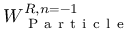
W _ { \mathrm { ~ P ~ a ~ r ~ t ~ i ~ c ~ l ~ e ~ } } ^ { R , n = - 1 }